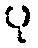
ပု